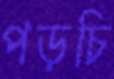
পড়চি